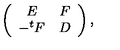
\left( \begin{array} { c c } { E } & { F } \\ { - ^ { t } F } & { D } \\ \end{array} \right) ,